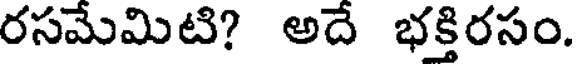
రసమేమిటి? అదే భక్తిరసం.